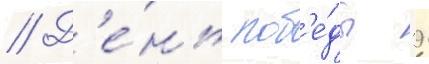
// Д'е́нь поб'е́ды 9